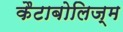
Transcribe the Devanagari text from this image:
कैटाबोलिज्म